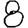
Digit: 8